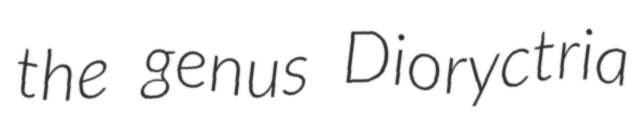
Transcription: the genus Dioryctria